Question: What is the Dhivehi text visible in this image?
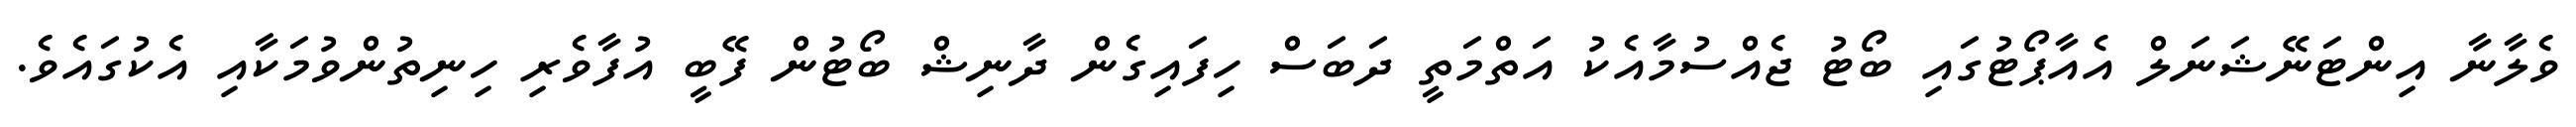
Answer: ވެލާނާ އިންޓަނޭޝަނަލް އެއާޕޯޓުގައި ބޯޓު ޖެއްސުމާއެކު އަތްމަތީ ދަބަސް ހިފައިގެން ދާނިޝް ބޯޓުން ފޭބީ އުފާވެރި ހިނިތުންވުމަކާއި އެކުގައެވެ.